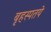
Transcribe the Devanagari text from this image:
बृहस्पतये